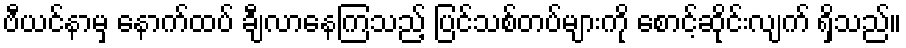
ဗီယင်နာမှ နောက်ထပ် ချီလာနေကြသည့် ပြင်သစ်တပ်များကို စောင့်ဆိုင်းလျက် ရှိသည်။